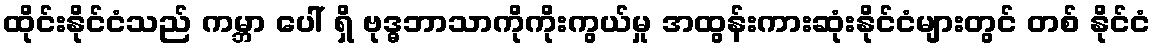
ထိုင်းနိုင်ငံသည် ကမ္ဘာ ပေါ် ရှိ ဗုဒ္ဓဘာသာကိုကိုးကွယ်မှု အထွန်းကားဆုံးနိုင်ငံများတွင် တစ် နိုင်ငံ